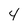
Character: 4